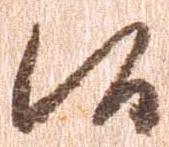
候